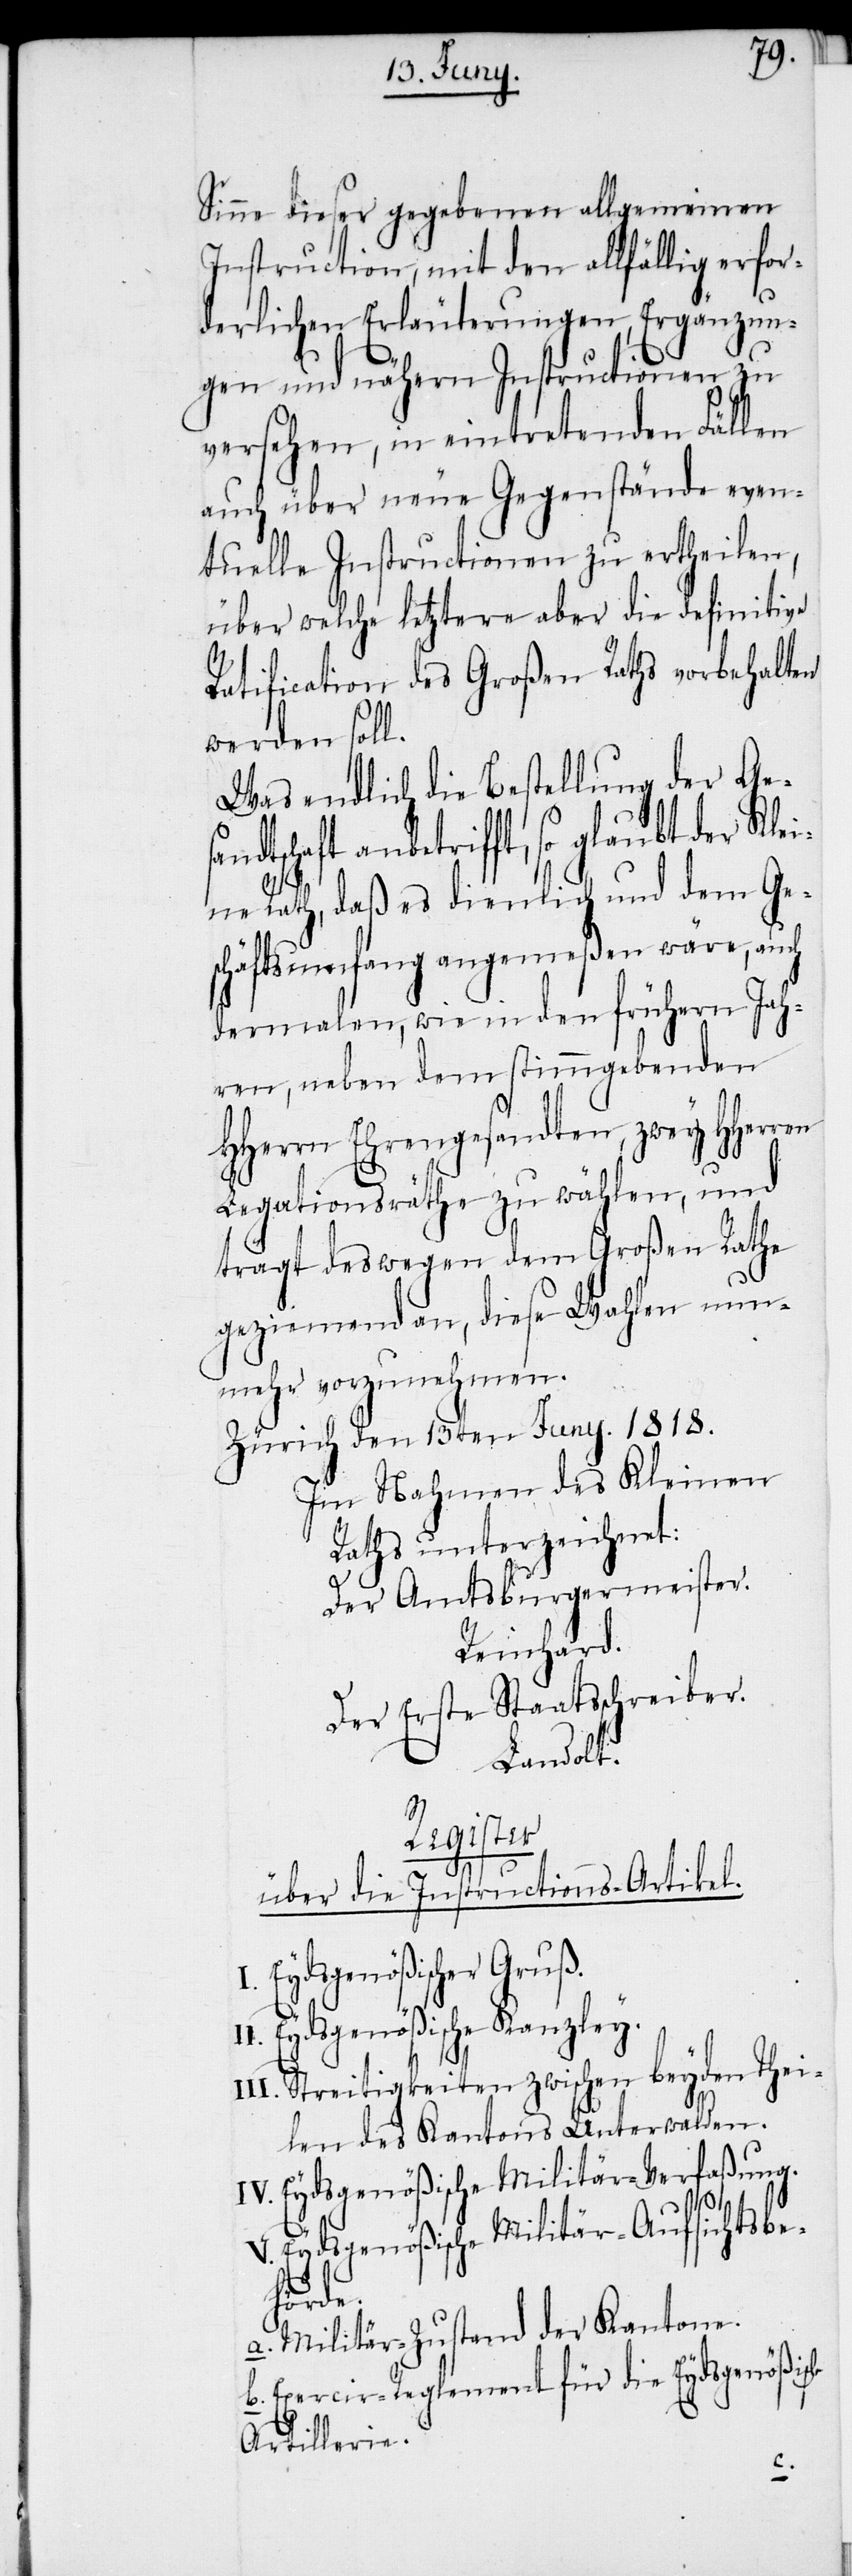
Sinne dieser gegebenen allgemeinen
Instruction, mit den allfällig erfor¬
derlichen Erläuterungen, Ergänzun¬
gen und nähern Instructionen zu
versehen, in eintretenden Fällen
auch über neue Gegenstände even¬
tuelle Instructionen zu ertheilen,
über welche letztere aber die definitive
Ratificaton des Großen Raths vorbehalten
werden soll.
Was endlich die Bestellung der Gesa¬
ndtschaft anbetrifft, so glaubt der Klei¬
ne Rath, daß es dienlich und dem Ge¬
schäftsumfang angemeßen wäre, auch
dermalen, wie in den frühern Jah¬
ren, neben dem stimmgebenden
HHerrn Ehrengesandten, zwey HHerren
Legationsräthe zu wählen, und
trägt deswegen dem Großen Rathe
geziemend an, diese Wahlen nun¬
mehr vorzunehmen.
Zürich den 13ten Juny. 1818.
Im Nahmen des Kleinen
Raths unterzeichnet:
Der Amtsburgermeister.
Reinhard.
Der Erste Staatsschreiber.
Landolt.
Register
über die Instructions-Artikel.
Eydsgenößischer Gruß.
II. Eydsgenößische Kanzley.
Streitigkeiten zwischen beyden Thei¬
len des Kantons Unterwalden.
IV. Eydsgenößische Militär-Verfaßung.
Eydsgenößische Militär-Aufsichtsbe¬
sche
a. Militär-Zustand der Kantone.
Exercir-Reglement für die Eydsgenößi¬
Artillerie.